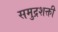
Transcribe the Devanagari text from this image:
समुद्रशक्ती